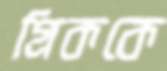
গ্রিককে